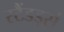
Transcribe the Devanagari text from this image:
स्टैंडड्सं